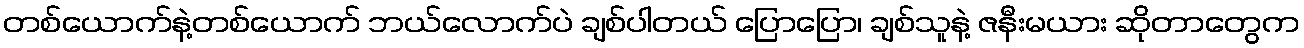
တစ်ယောက်နဲ့တစ်ယောက် ဘယ်လောက်ပဲ ချစ်ပါတယ် ပြောပြော၊ ချစ်သူနဲ့ ဇနီးမယား ဆိုတာတွေက